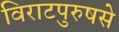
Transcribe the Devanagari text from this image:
विराटपुरुषसे